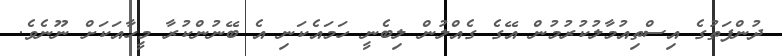
ދުންފަތުގެ އިސްތިއުމާލުކުރުމުން އޭގެ ގެއްލުން ލިބެނީ ހަމައެކަނި އެ ބޭނުންކުރާ މީހާއަކަށް ނޫނެވެ.